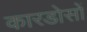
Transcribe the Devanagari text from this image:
कारडोसों